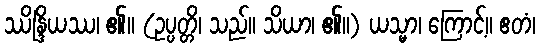
ဿိန္ဒြိယဿ၊ ၏။ (ဥပ္ပတ္တိ၊ သည်။ သိယာ၊ ၏။) ယသ္မာ၊ ကြောင့်။ ဧတံ၊